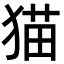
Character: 猫